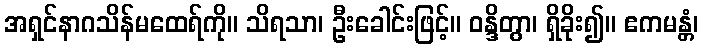
အရှင်နာဂသိန်မထေရ်ကို။ သိရသာ၊ ဦးခေါင်းဖြင့်။ ဝန္ဒိတွာ၊ ရှိခိုး၍။ ဧကမန္တံ၊